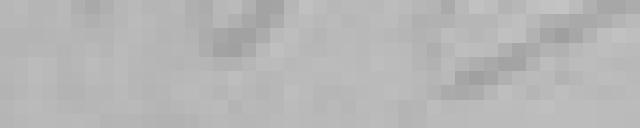
18